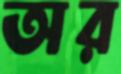
অর